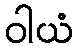
ဝါယံ